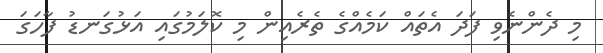
މި ދެންނެވި ފަދަ އެތައް ކަމެއްގެ ތެރެއިން މި ކޮލަމުގައި އަޅުގަނޑު ފާހަގަ